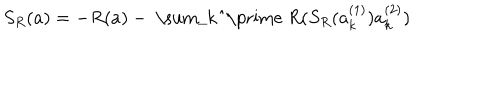
S _ { R } ( a ) = - R ( a ) - \mathrm { ~ \sum _ { k } ^ { \prime } ~ } R ( S _ { R } ( a _ { k } ^ { ( 1 ) } ) a _ { k } ^ { ( 2 ) } )